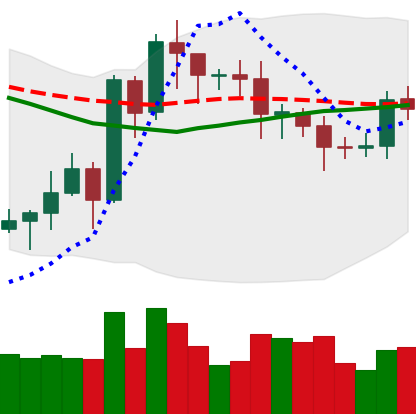
Ticker: EOS-USD
Chart end date: 2020-07-20
Forward return: 6.371%
Label: up_5_7